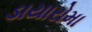
ડાયારોમા